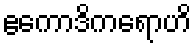
ဧကောဒိကရောဟိ